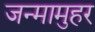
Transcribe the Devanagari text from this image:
जन्मामुहर